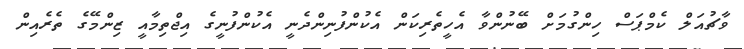
ވާޗުއަލް ކެމްޕަސް ހިންގުމަށް ބޭނުންވާ އެހީތެރިކަން އެކުންފުނިންދެނީ އެކުންފުނީގެ އިޖްތިމާއީ ޒިންމޭގެ ތެރެއިން